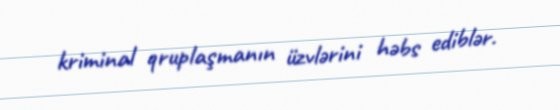
kriminal qruplaşmanın üzvlərini həbs ediblər.